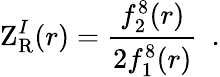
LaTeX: \mathrm{Z}_{\mathrm{R}}^{I}(r)={\frac{f_{2}^{8}(r)}{2f_{1}^{8}(r)}}~~.